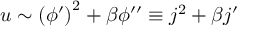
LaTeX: u \sim \left( \phi ^ { \prime } \right) ^ { 2 } + \beta \phi ^ { \prime \prime } \equiv j ^ { 2 } + \beta j ^ { \prime }